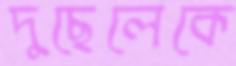
দুছেলেকে